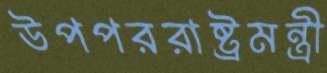
উপপররাষ্ট্রমন্ত্রী